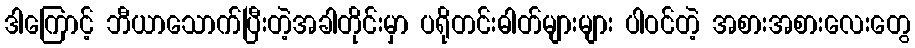
ဒါကြောင့် ဘီယာသောက်ပြီးတဲ့အခါတိုင်းမှာ ပရိုတင်းဓါတ်များများ ပါဝင်တဲ့ အစားအစားလေးတွေ